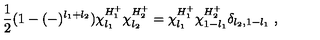
\frac { 1 } { 2 } ( 1 - ( - ) ^ { l _ { 1 } + l _ { 2 } } ) \chi _ { l _ { 1 } } ^ { H _ { 1 } ^ { + } } \chi _ { l _ { 2 } } ^ { H _ { 2 } ^ { + } } = \chi _ { l _ { 1 } } ^ { H _ { 1 } ^ { + } } \chi _ { 1 - l _ { 1 } } ^ { H _ { 2 } ^ { + } } \delta _ { l _ { 2 } , 1 - l _ { 1 } } \ ,